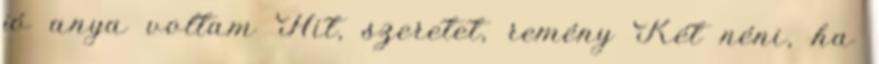
jó anya voltam Hit, szeretet, remény Két néni, ha